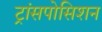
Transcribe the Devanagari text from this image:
ट्रांसपोसिशन